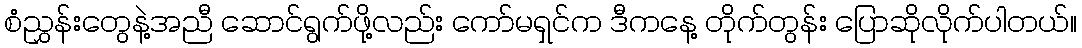
စံညွှန်းတွေနဲ့အညီ ဆောင်ရွက်ဖို့လည်း ကော်မရှင်က ဒီကနေ့ တိုက်တွန်း ပြောဆိုလိုက်ပါတယ်။